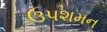
ઉપશમન